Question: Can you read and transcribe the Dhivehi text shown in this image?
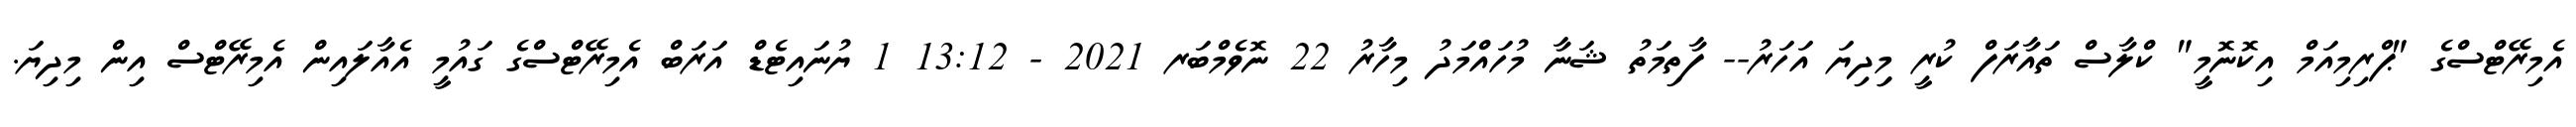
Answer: އެމިރޭޓްސްގެ "ޕްރިމިއަމް އިކޮނޮމީ" ކްލާސް ތައާރަފް ކުރީ މިިދިޔަ އަހަރު-- ފާތިމަތު ޝަނާ މުހައްމަދު މިހާރު 22 ނޮވެމްބަރ 2021 - 13:12 1 ޔުނައިޓެޑް އަރަބް އެމިރޭޓްސްގެ ގައުމީ އެއާލައިން އެމިރޭޓްސް އިން މިދިޔަ.